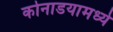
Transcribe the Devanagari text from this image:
कोनाडयामध्ये